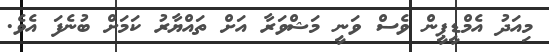
މިއަދު އެމްޑީޕީން ވެސް ވަނީ މަޝްވަރާ އަށް ތައްޔާރު ކަމަށް ބުނެފަ އެވެ.